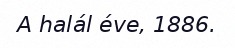
A halál éve, 1886.